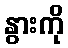
နွားကို